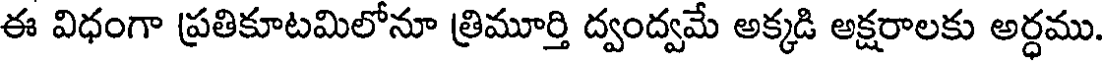
ఈ విధంగా ప్రతికూటమిలోనూ త్రిమూర్తి ద్వంద్వమే అక్కడి అక్షరాలకు అర్ధము.